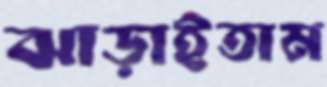
ঝাড়াইতাম